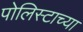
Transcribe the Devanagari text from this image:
पोलिस्टाच्या